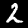
Label: 2